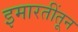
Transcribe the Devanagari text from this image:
इमारतींतून